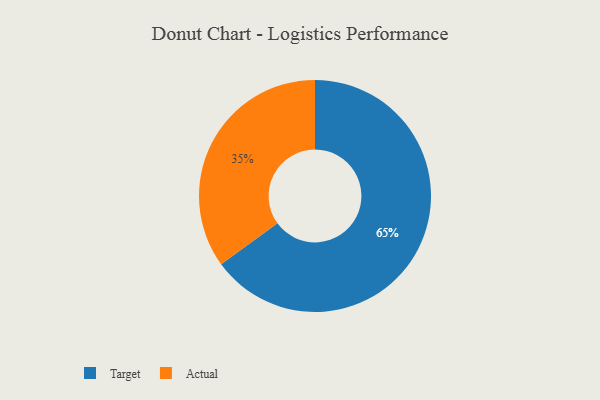
{"axis": {"x": "Category", "y": "Percentage"}, "legend": ["Actual", "Target"], "data": [{"x": "Actual", "y": 35, "type": "Actual"}, {"x": "Target", "y": 65, "type": "Target"}]}